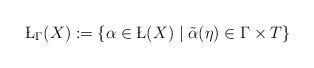
LaTeX: \begin{align*}\L_\Gamma(X) := \{ \alpha \in \L(X) \mid \tilde{\alpha}(\eta) \in \Gamma \times T \}\end{align*}